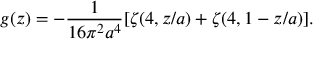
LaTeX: g ( z ) = - \frac { 1 } { 1 6 \pi ^ { 2 } a ^ { 4 } } [ \zeta ( 4 , z / a ) + \zeta ( 4 , 1 - z / a ) ] .